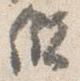
儲